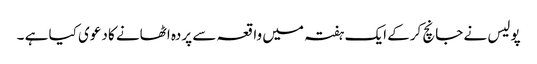
پولیس نے جانچ کرکے ایک ہفتہ میں واقعہ سے پردہ اٹھانے کا دعوی کیا ہے ۔